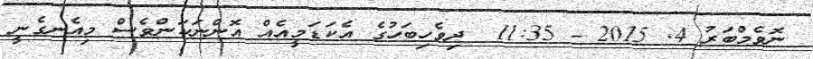
ނޮވެމްބަރު 4